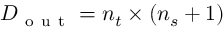
D _ { \mathrm { ~ o ~ u ~ t ~ } } = n _ { t } \times ( n _ { s } + 1 )